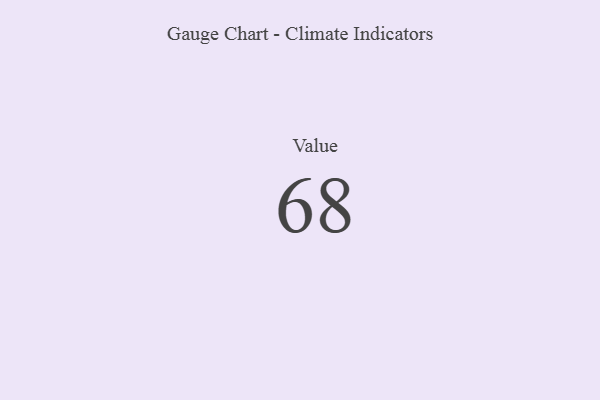
{"axis": {"x": "Metric", "y": "Value"}, "legend": [""], "data": [{"x": "Value", "y": 68, "type": ""}]}